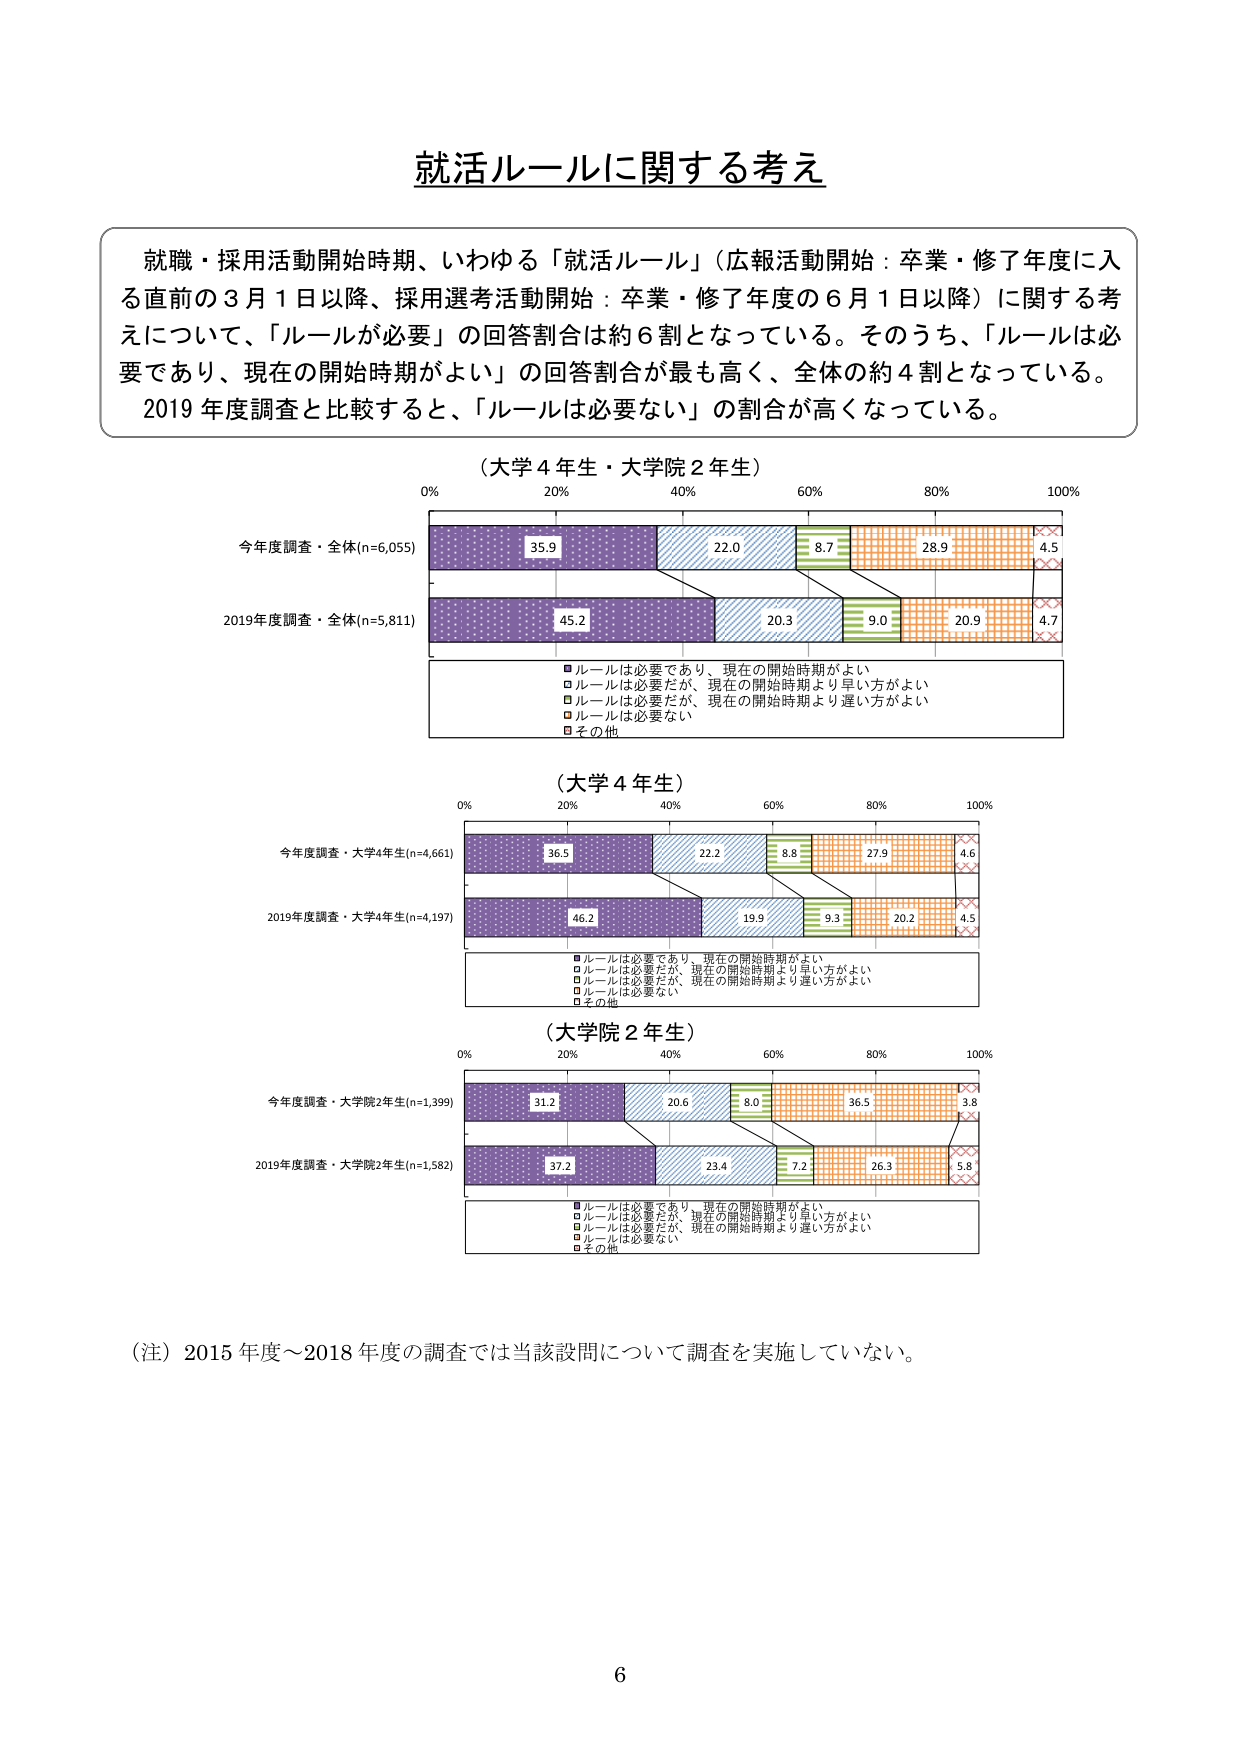
就活ルールに関する考え

就職・採用活動開始時期、いわゆる「就活ルール」（広報活動開始：卒業・修了年度に入る直前の3月1日以降、採用選考活動開始：卒業・修了年度の6月1日以降）に関する考えについて、「ルールが必要」の回答割合は約6割となっている。そのうち、「ルールは必要であり、現在の開始時期がよい」の回答割合が最も高く、全体の約4割となっている。2019年度調査と比較すると、「ルールは必要ない」の割合が高くなっている。

（大学4年生・大学院2年生）
0% 20% 40% 60% 80% 100%
今年度調査・全体(n=6,055)
35.9 22.0 8.7 28.9 4.5
2019年度調査・全体(n=5,811)
45.2 20.3 9.0 20.9 4.7
■ルールは必要であり、現在の開始時期がよい
□ルールは必要だが、現在の開始時期より早い方がよい
□ルールは必要だが、現在の開始時期より遅い方がよい
□ルールは必要ない
□その他

（大学4年生）
0% 20% 40% 60% 80% 100%
今年度調査・大学4年生(n=4,661)
36.5 22.2 8.8 27.9 4.6
2019年度調査・大学4年生(n=4,197)
46.2 19.9 9.3 20.2 4.5
■ルールは必要であり、現在の開始時期がよい
□ルールは必要だが、現在の開始時期より早い方がよい
□ルールは必要だが、現在の開始時期より遅い方がよい
□ルールは必要ない
□その他

（大学院2年生）
0% 20% 40% 60% 80% 100%
今年度調査・大学院2年生(n=1,399)
31.2 20.6 8.0 36.5 3.8
2019年度調査・大学院2年生(n=1,582)
37.2 23.4 7.2 26.3 5.8
■ルールは必要であり、現在の開始時期がよい
□ルールは必要だが、現在の開始時期より早い方がよい
□ルールは必要だが、現在の開始時期より遅い方がよい
□ルールは必要ない
□その他

（注）2015年度～2018年度の調査では当該設問について調査を実施していない。

6